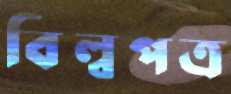
বিল্বপত্র